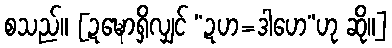
စသည်။ [ဍဍ္ဎောရှိလျှင် “ဍဟ=ဒါဟေ”ဟု ဆို။]